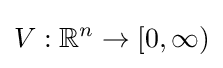
V:\mathbb {R} ^{n}\to [0,\infty )